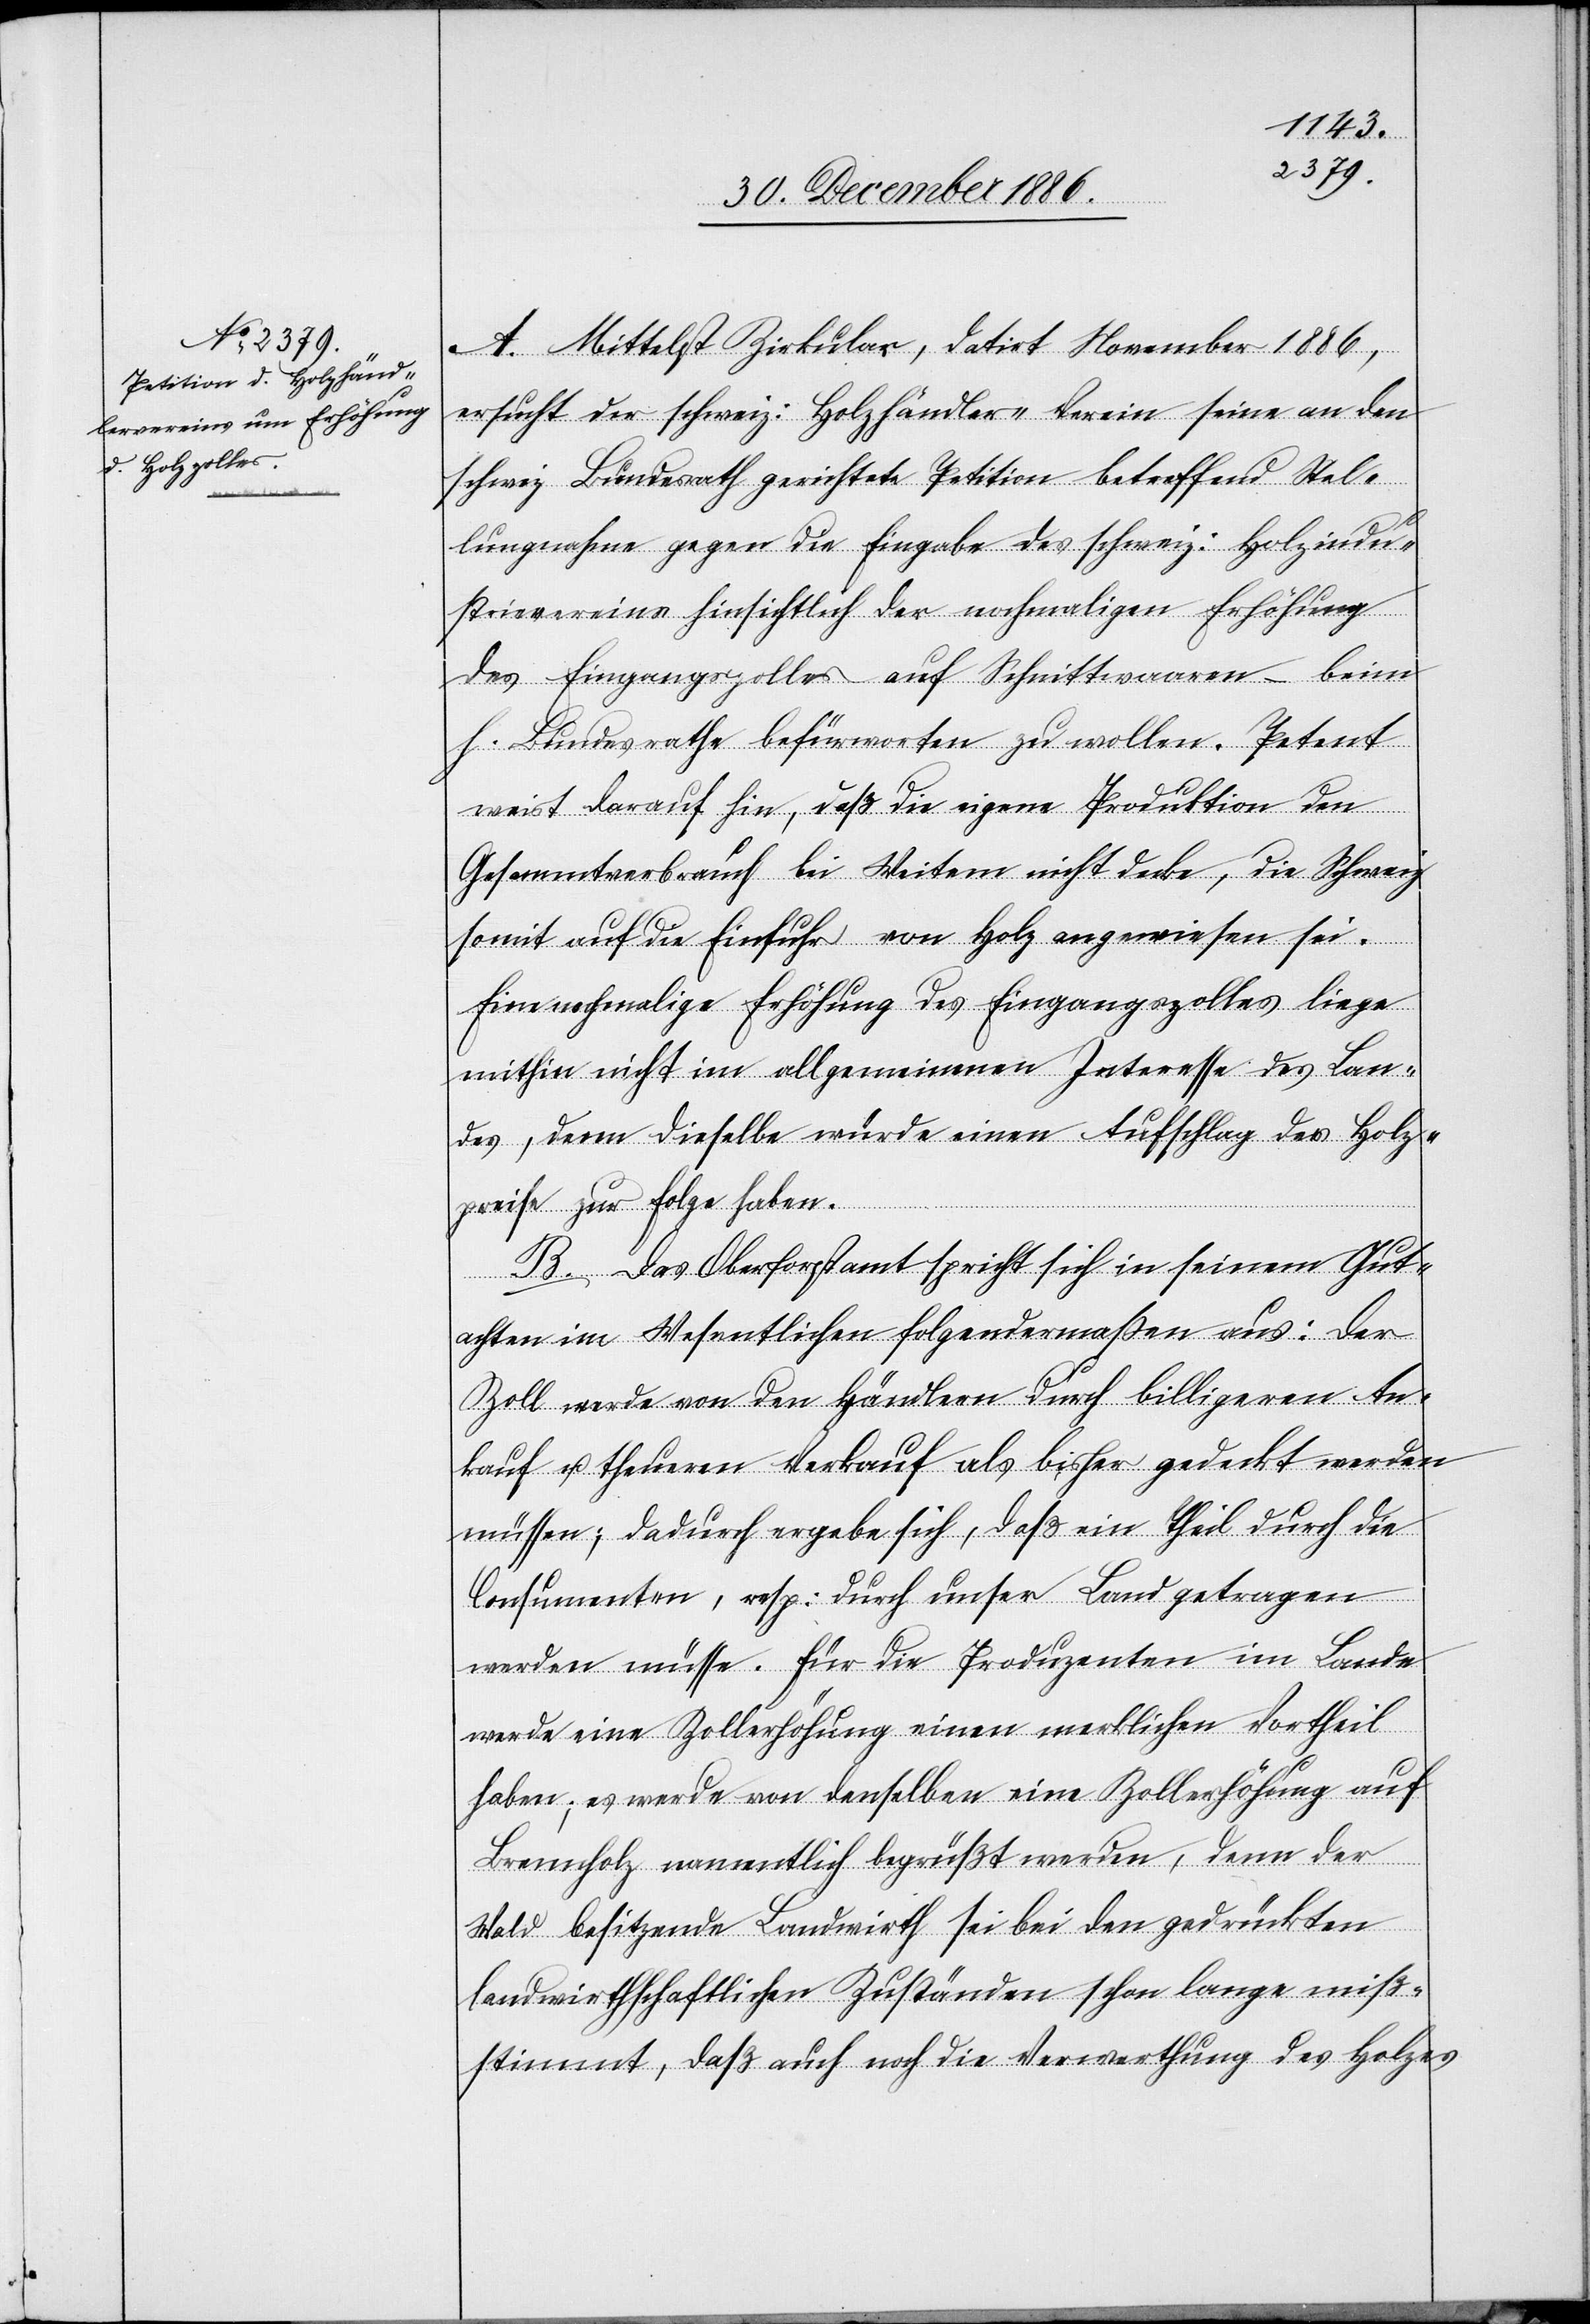
A. Mittelst Zirkular, datirt November 1886,
ersucht der schweiz: Holzhändler-Verein seine an den
schweiz: Bundesrath gerichtete Petition betreffend Stel¬
lungnahme gegen die Eingabe des schweiz: Holzindu¬
strievereins hinsichtlich der nochmaligen Erhöhung
des Eingangszolles auf Schnittwaaren – beim
h. Bundesrathe befürworten zu wollen. Petent
weist darauf hin, daß die eigene Produktion den
Gesammtverbrauch bei Weitem nicht decke, die Schweiz
somit auf die Einfuhr von Holz angewiesen sei.
Eine nochmalige Erhöhung des Eingangszolles liege
mithin nicht im allgemeinen Interesse des Lan¬
des, denn dieselbe würde einen Aufschlag der Holz¬
preise zur Folge haben.
B. Das Oberforstamt spricht sich in seinem Gut¬
achten im Wesentlichen folgendermaßen aus: Der
Zoll werde von den Händlern durch billigeren An¬
kauf u. theueren [sic!] Verkauf als bisher gedeckt werden
müssen; dadurch ergebe sich, daß ein Theil durch die
Consumenten, resp: durch unser Land getragen
werden müsse. Für die Produzenten im Lande
werde eine Zollerhöhung einen merklichen Vortheil
haben; es werde von denselben eine Zollerhöhung auf
Brennholz namentlich begrüßt werden, denn der
Wald besitzende Landwirth sei bei den gedrückten
landwirthschaftlichen Zuständen schon lange miß¬
stimmt, daß auch noch die Verwerthung des Holzes